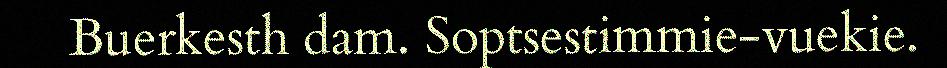
Buerkesth dam. Soptsestimmie-vuekie.